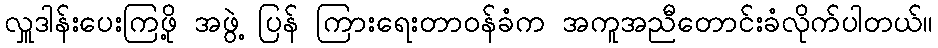
လှူဒါန်းပေးကြဖို့ အဖွဲ့ ပြန် ကြားရေးတာဝန်ခံက အကူအညီတောင်းခံလိုက်ပါတယ်။